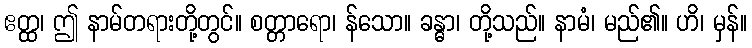
ဧတ္ထ၊ ဤ နာမ်တရားတို့တွင်။ စတ္တာရော၊ န်သော။ ခန္ဓာ၊ တို့သည်။ နာမံ၊ မည်၏။ ဟိ၊ မှန်။